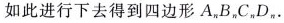
如此进行下去得到四边形A_{n}B_{n}C_{n}D_{n}.